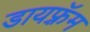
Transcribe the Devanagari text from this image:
डायफ़्रॅम